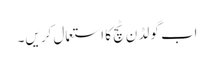
اب گو لڈ ن ٹچ کا استعمال کر یں۔